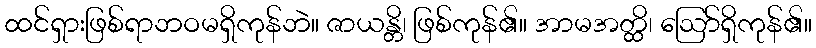
ထင်ရှားဖြစ်ရာဘဝမရှိကုန်ဘဲ။ ဇာယန္တိ၊ ဖြစ်ကုန်၏။ အာမအတ္ထိ၊ ဩော်ရှိကုန်၏။